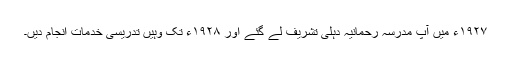
۱۹۲۷ء میں آپ مدرسہ رحمانیہ دہلی تشریف لے گئے اور ۱۹۲۸ء تک وہیں تدریسی خدمات انجام دیں۔